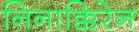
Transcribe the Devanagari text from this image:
निनाक्किरेन